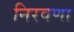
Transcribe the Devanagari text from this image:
निरवणा